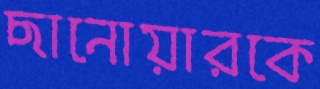
ছানোয়ারকে